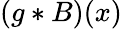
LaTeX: (g*B)(x)